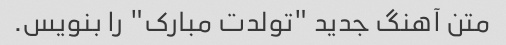
متن آهنگ جدید "تولدت مبارک" را بنویس.